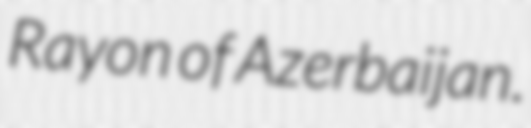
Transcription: Rayon of Azerbaijan.